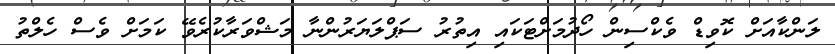
ލަންކާއަށް ކޮވިޑް ވެކްސިން ހޯދުމަށްޓަކައި އިތުރު ސަޕްލަޔަރުންނާ މަޝްވަރާކުރެވޭ ކަމަށް ވެސް ހެލްތު